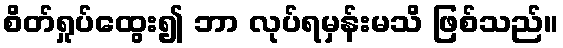
စိတ်ရှုပ်ထွေး၍ ဘာ လုပ်ရမှန်းမသိ ဖြစ်သည်။